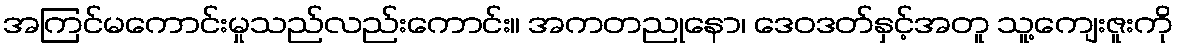
အကြင်မကောင်းမှုသည်လည်းကောင်း။ အကတညုနော၊ ဒေဝဒတ်နှင့်အတူ သူ့ကျေးဇူးကို